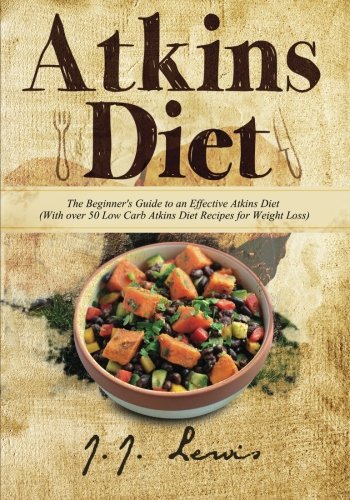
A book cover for Atkins Diet: The Beginner's Guide to an Effective Atkins Diet (With over 50 Low Carb Atkins Diet Recipes for Weight Loss); J.J. Lewis; Health, Fitness & Dieting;